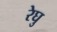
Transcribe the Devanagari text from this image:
रेघु